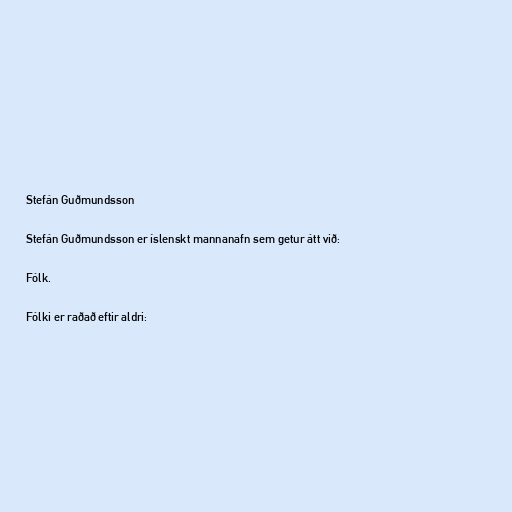
Stefán Guðmundsson

Stefán Guðmundsson er íslenskt mannanafn sem getur átt við:

Fólk.

Fólki er raðað eftir aldri: